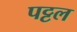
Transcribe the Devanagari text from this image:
पट्टल